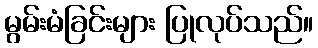
မွမ်းမံခြင်းများ ပြုလုပ်သည်။